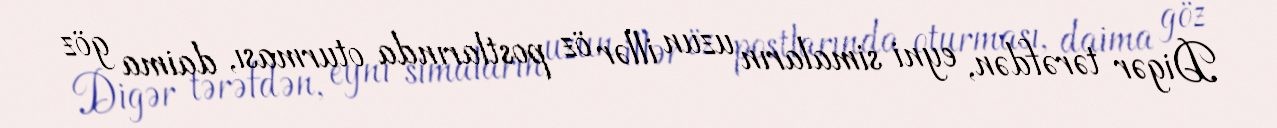
Digər tərəfdən, eyni simaların uzun illər öz postlarında oturması, daima göz